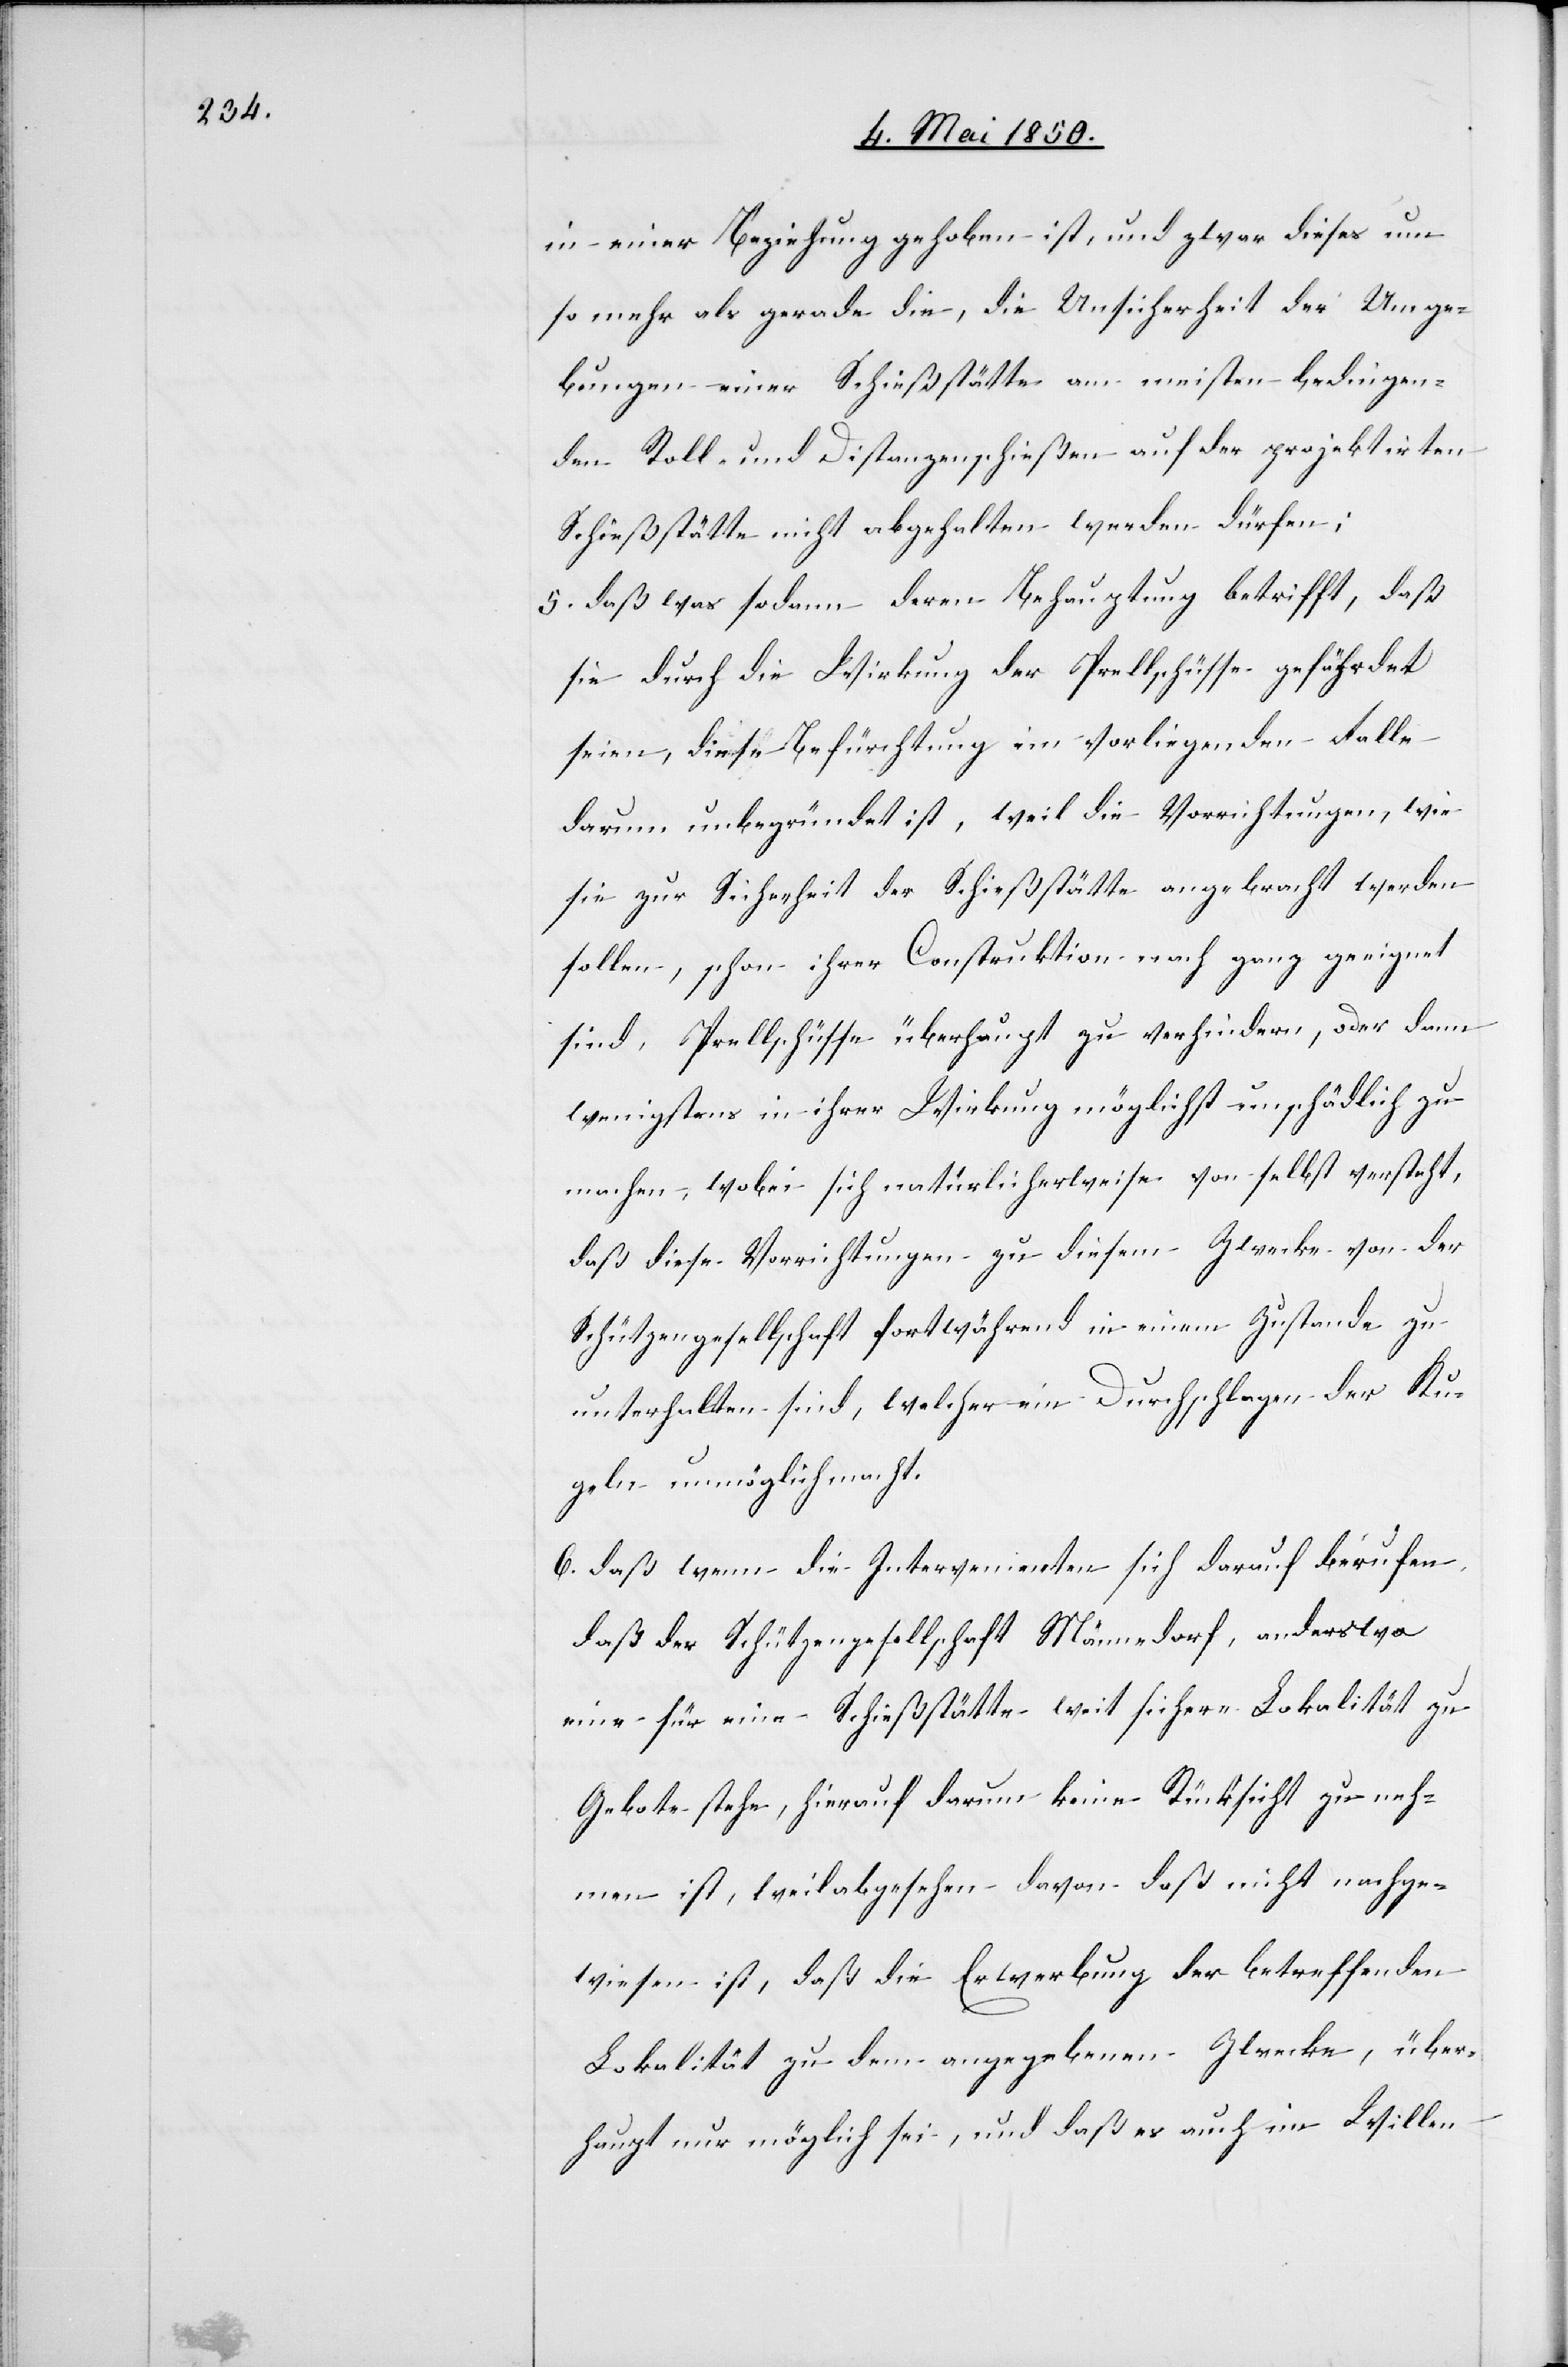
in einer Beziehung gehoben ist, und zwar dieses um
so mehr als gerade die, die Unsicherheit der Umge¬
bung einer Schießstätte am meisten bedingen¬
den Stoll- und Distanzenschießen auf der projektirten
Schießstätte nicht abgehalten werden dürfen;
5. daß was sodann deren Behauptung betrifft, daß
sie durch die Wirkung der Prellschüsse gefährdet
seien, diese Befürchtung im vorliegenden Falle
darum unbegründet ist, weil die Vorrichtungen, wie
sie zur Sicherheit der Schießstätte angebracht werden
sollen, schon ihrer Construktion nach ganz geeignet
sind, Prellschüsse überhaupt zu verhindern, oder dann
wenigstens in ihrer Wirkung möglichst unschädlich zu
machen, wobei sich natürlicherweise von selbst versteht,
daß diese Vorrichtungen zu diesem Zwecke von der
Schützengesellschaft fortwährend in einem Zustande zu
unterhalten sind, welcher ein Durchschlagen der Ku¬
geln unmöglich macht.
6. daß wenn die Intervenienten sich darauf berufen,
daß der Schützengesellschaft Männedorf, anderswo
eine für eine Schießstätte weit sichere Lokalität zu
Gebote stehe, hierauf darum keine Rücksicht zu neh¬
men ist, weil abgesehen davon daß nicht nachge¬
wiesen ist, daß die Erwerbung der betreffenden
Lokalität zu dem angegebenen Zwecke, über¬
haupt nur möglich sei, und daß es auch im Willen